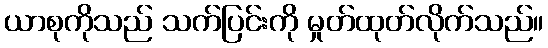
ယာစုကိုသည် သက်ပြင်းကို မှုတ်ထုတ်လိုက်သည်။